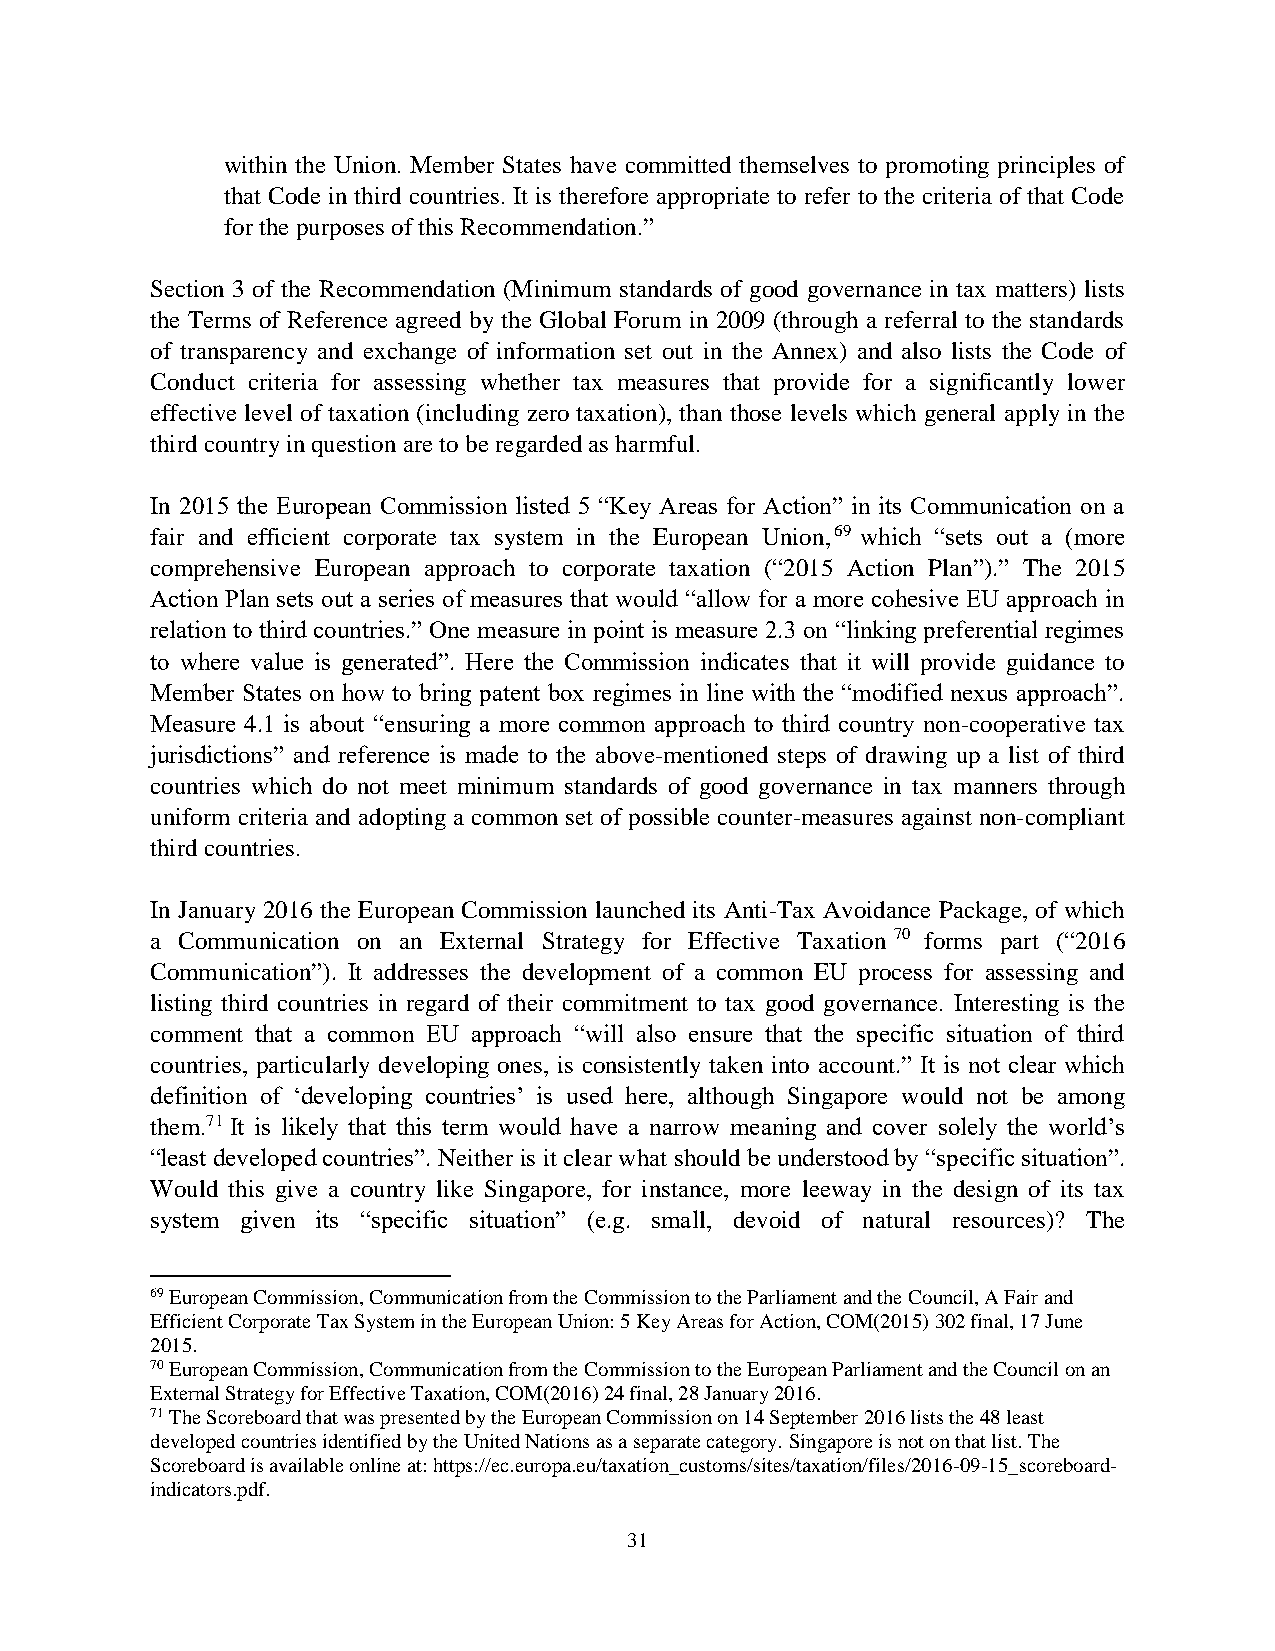
within the Union. Member States have committed themselves to promoting principles of
 that Code in third countries. It is therefore appropriate to refer to the criteria of that Code
 for the purposes of this Recommendation.”
 Section 3 of the Recommendation (Minimum standards of good governance in tax matters) lists
 the Terms of Reference agreed by the Global Forum in 2009 (through a referral to the standards
 of transparency and exchange of information set out in the Annex) and also lists the Code of
 Conduct criteria for assessing whether tax measures that provide for a significantly lower
 effective level of taxation (including zero taxation), than those levels which general apply in the
 third country in question are to be regarded as harmful.
 In 2015 the European Commission listed 5 “Key Areas for Action” in its Communication on a
 fair and efficient corporate tax system in the European Union,69 which “sets out a (more
 comprehensive European approach to corporate taxation (“2015 Action Plan”).” The 2015
 Action Plan sets out a series of measures that would “allow for a more cohesive EU approach in
 relation to third countries.” One measure in point is measure 2.3 on “linking preferential regimes
 to where value is generated”. Here the Commission indicates that it will provide guidance to
 Member States on how to bring patent box regimes in line with the “modified nexus approach”.
 Measure 4.1 is about “ensuring a more common approach to third country non-cooperative tax
 jurisdictions” and reference is made to the above-mentioned steps of drawing up a list of third
 countries which do not meet minimum standards of good governance in tax manners through
 uniform criteria and adopting a common set of possible counter-measures against non-compliant
 third countries.
 In January 2016 the European Commission launched its Anti-Tax Avoidance Package, of which
 a Communication on an External Strategy for Effective Taxation 70 forms part (“2016
 Communication”). It addresses the development of a common EU process for assessing and
 listing third countries in regard of their commitment to tax good governance. Interesting is the
 comment that a common EU approach “will also ensure that the specific situation of third
 countries, particularly developing ones, is consistently taken into account.” It is not clear which
 definition of ‘developing countries’ is used here, although Singapore would not be among
 them.71 It is likely that this term would have a narrow meaning and cover solely the world’s
 “least developed countries”. Neither is it clear what should be understood by “specific situation”.
 Would this give a country like Singapore, for instance, more leeway in the design of its tax
 system given its “specific situation” (e.g. small, devoid of natural resources)? The
 69 European Commission, Communication from the Commission to the Parliament and the Council, A Fair and
 Efficient Corporate Tax System in the European Union: 5 Key Areas for Action, COM(2015) 302 final, 17 June
 2015.
 70 European Commission, Communication from the Commission to the European Parliament and the Council on an
 External Strategy for Effective Taxation, COM(2016) 24 final, 28 January 2016.
 71 The Scoreboard that was presented by the European Commission on 14 September 2016 lists the 48 least
 developed countries identified by the United Nations as a separate category. Singapore is not on that list. The
 Scoreboard is available online at: https://ec.europa.eu/taxation_customs/sites/taxation/files/2016-09-15_scoreboard-
 indicators.pdf.
 31